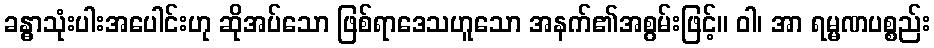
ခန္ဓာသုံးပါးအပေါင်းဟု ဆိုအပ်သော ဖြစ်ရာဒေသဟူသော အနက်၏အစွမ်းဖြင့်။ ဝါ၊ အာ ရမ္မဏပစ္စည်း